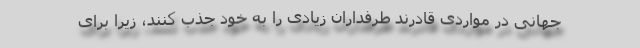
جهانی در مواردی قادرند طرفداران زیادی را به خود جذب کنند، زیرا برای